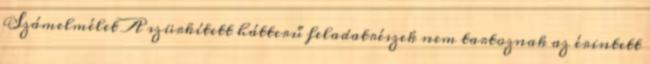
Számelmélet A szürkített hátterű feladatrészek nem tartoznak az érintett